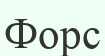
Форс